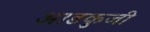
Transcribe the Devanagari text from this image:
आडकुजी